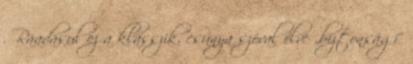
. Ráadásul ez a klasszik, csúnya szóval élve „biztonsági”